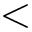
<